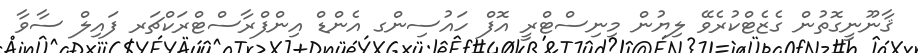
ޤާނޫނީގޮތުން ގެޒެޓްކުރެވޭ ލިޔުން މިނިސްޓްރީ އޮފް ހައުސިންގ އެންޑް އިންފްރާސްޓްރަކްޗަރ ފައިލް ސާވާ